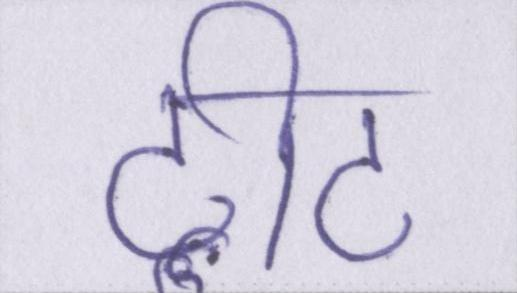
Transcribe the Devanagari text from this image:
ट्वीट